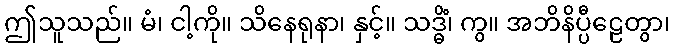
ဤသူသည်။ မံ၊ ငါ့ကို။ သိနေရုနာ၊ နှင့်။ သဒ္ဓိံ၊ ကွ။ အဘိနိပ္ပီဠေတွာ၊